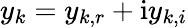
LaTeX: y_{k}=y_{k,r}+\mathrm{i}y_{k,i}